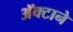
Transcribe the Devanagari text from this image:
अॅक्टाने